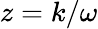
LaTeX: z=k/\omega